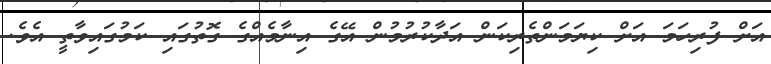
އަށް ފުރިހަމަ އަށް ކިޔަމަންތެރިކަން އަދާކުރުމުން އޭގެ އިނާމެއްގެ ގޮތުގައި ކަމުގައިވާތީ އެވެ.